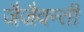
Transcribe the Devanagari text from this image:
जैजैवन्ती